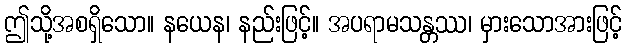
ဤသို့အစရှိသော။ နယေန၊ နည်းဖြင့်။ အပရာမသန္တဿ၊ မှားသောအားဖြင့်